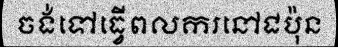
ចង់ទៅធ្វើពលករនៅជប៉ុន